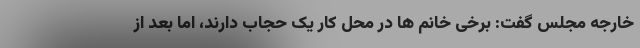
خارجه مجلس گفت: برخی خانم ها در محل کار یک حجاب دارند، اما بعد از